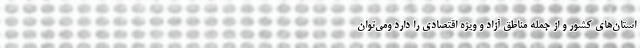
استان‌های کشور و از جمله مناطق آزاد و ویژه اقتصادی را دارد ومی‌توان